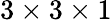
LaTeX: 3\times 3\times 1